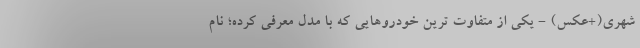
شهری(+عکس) - یکی از متفاوت ترین خودروهایی که با مدل معرفی کرده؛ نام